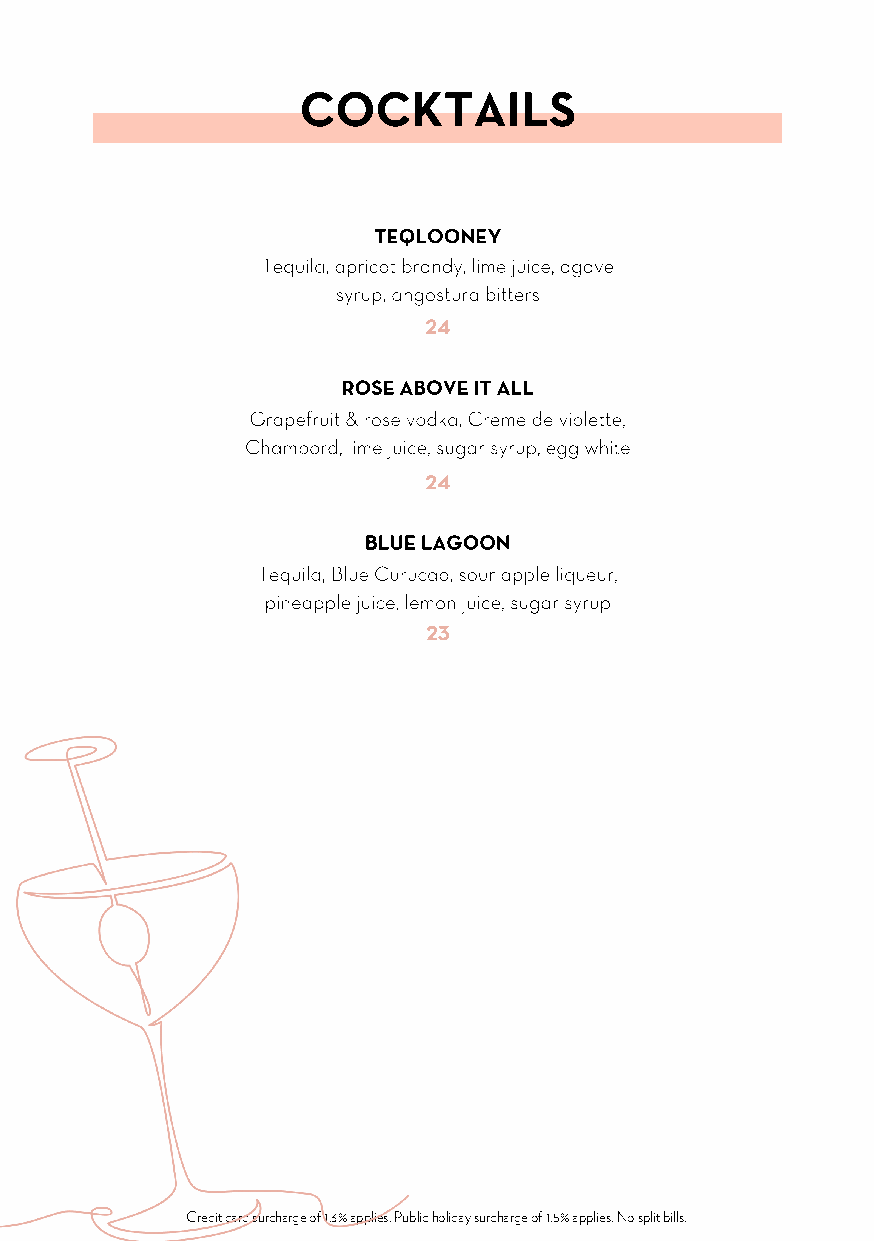
COCKTAILS
 TEQLOONEY
 Tequila, apricot brandy, lime juice, agave
 syrup, angostura bitters
 24
 ROSE ABOVE IT ALL
 Grapefruit & rose vodka, Creme de violette,
 Chambord, lime juice, sugar syrup, egg white
 24
 BLUE LAGOON
 Tequila, Blue Curucao, sour apple liqueur,
 pineapple juice, lemon juice, sugar syrup
 23
 Credit card surcharge of 1.3% applies. Public holiday surcharge of 1.5% applies. No split bills.